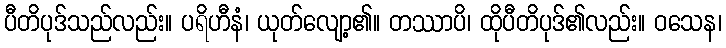
ပီတိပုဒ်သည်လည်း။ ပရိဟီနံ၊ ယုတ်လျော့၏။ တဿာပိ၊ ထိုပီတိပုဒ်၏လည်း။ ဝသေန၊